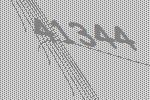
41344